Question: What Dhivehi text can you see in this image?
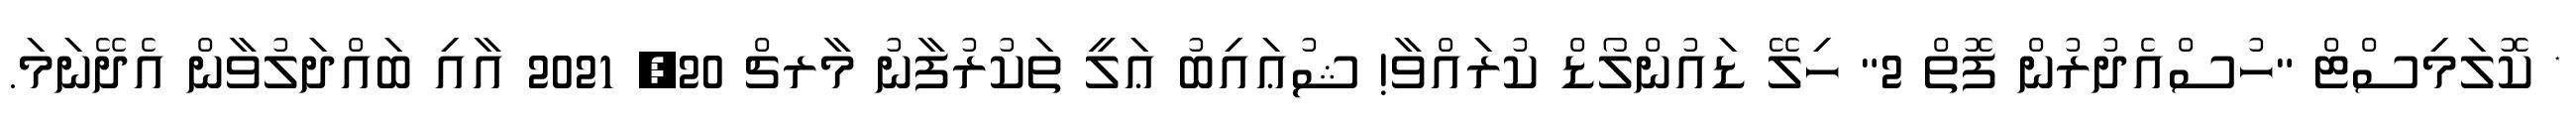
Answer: * ކޮލަމިސްޓް "ހުސްއެދުރުން ފޮތް 2" ހިލޭ ޑައުންލޯޑް ކުރައްވާ! ޝުޢައިބު ޢަލީ ތަކުރުފާނު މާރޗް 20, 2021 އާއި ބައްދަލުވާން އެދޭނަމަ.